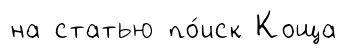
на статью по́иск Коща